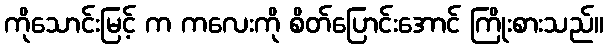
ကိုသောင်းမြင့် က ကလေးကို စိတ်ပြောင်းအောင် ကြိုးစားသည်။